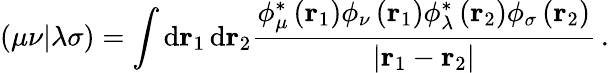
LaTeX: \left(\mu\nu|\lambda\sigma\right)=\int\textrm{d}\mathbf r_{1}\, \textrm{d}\mathbf r_{2}\frac{\phi_{\mu}^{*}\left(\mathbf r_{1}\right)\phi_{\nu}\left(\mathbf r_{1}\right)\phi_{\lambda}^{*}\left(\mathbf r_{2}\right)\phi_{\sigma}\left(\mathbf r_{2}\right)}{\left|\mathbf r_{1}-\mathbf r_{2}\right|}\, .